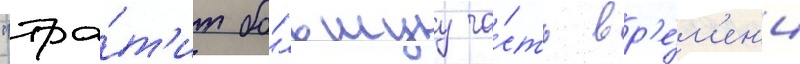
"тра́т'ит бо́льшуу ча́сть вр'е́м'ен'и